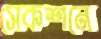
সেকশনে